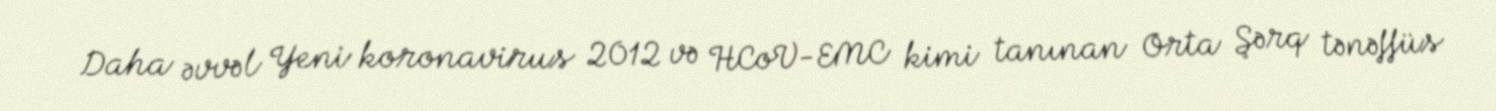
Daha əvvəl Yeni koronavirus 2012 və HCoV-EMC kimi tanınan Orta Şərq tənəffüs